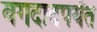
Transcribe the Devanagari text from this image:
बगदादपर्यंत